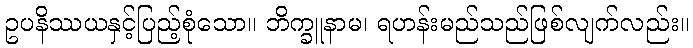
ဥပနိဿယနှင့်ပြည့်စုံသော။ ဘိက္ခူနာမ၊ ရဟန်းမည်သည်ဖြစ်လျက်လည်း။